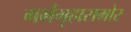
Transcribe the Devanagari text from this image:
गर्भगृहासमोर